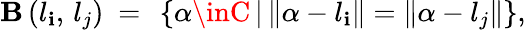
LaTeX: \mathbf{B}\left(l_{\mathbf{i}},\, l_{j}\right)\ =\ \left\{ \alpha\inC\left|\right.\left\Vert\alpha-l_{\mathbf{i}}\right\Vert=\left\Vert\alpha-l_{j}\right\Vert\right\} ,